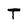
Character: T